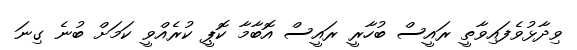
ވިދާޅުވެފައިވާތީ ރައީސް ބުހާރީ ރައީސް އޮބާމާ ކޮޕީ ކުރެއްވީ ކަމަށް ބުނެ ގިނަ